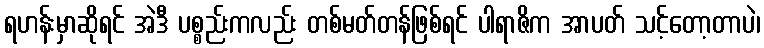
ရဟန်းမှာဆိုရင် အဲဒီ ပစ္စည်းကလည်း တစ်မတ်တန်ဖြစ်ရင် ပါရာဇိက အာပတ် သင့်တော့တာပဲ၊